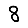
Digit: 8